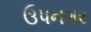
ઉપનગર